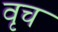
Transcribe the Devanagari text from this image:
वृच